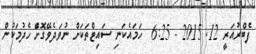
ފެބްރުއަރީ 12